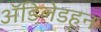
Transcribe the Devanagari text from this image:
ॲडिलेडहून